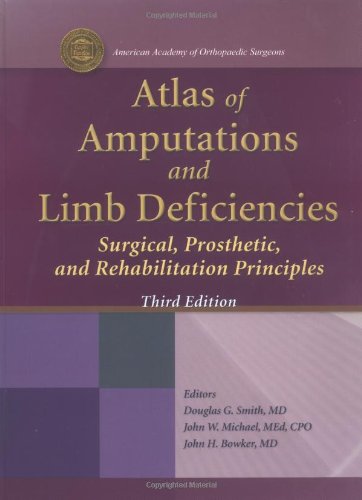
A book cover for Atlas of Amputations and Limb Deficiencies; Douglas G. Smith MD; Medical Books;